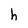
Character: h